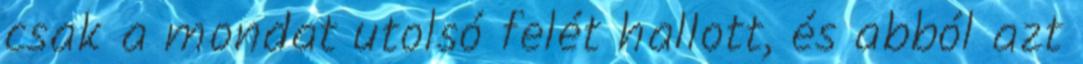
csak a mondat utolsó felét hallott, és abból azt